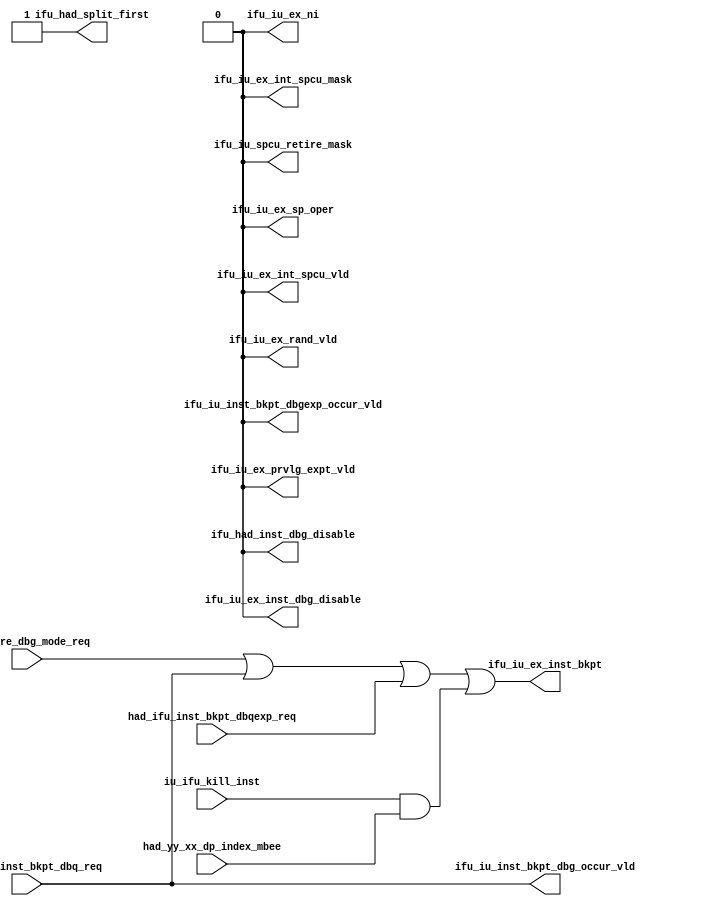
/*Copyright 2018-2021 T-Head Semiconductor Co., Ltd.

Licensed under the Apache License, Version 2.0 (the "License");
you may not use this file except in compliance with the License.
You may obtain a copy of the License at

    http://www.apache.org/licenses/LICENSE-2.0

Unless required by applicable law or agreed to in writing, software
distributed under the License is distributed on an "AS IS" BASIS,
WITHOUT WARRANTIES OR CONDITIONS OF ANY KIND, either express or implied.
See the License for the specific language governing permissions and
limitations under the License.
*/
module cr_ifu_ifdp(
  had_core_dbg_mode_req,
  had_ifu_inst_bkpt_dbq_req,
  had_ifu_inst_bkpt_dbqexp_req,
  had_yy_xx_dp_index_mbee,
  ifu_had_inst_dbg_disable,
  ifu_had_split_first,
  ifu_iu_ex_inst_bkpt,
  ifu_iu_ex_inst_dbg_disable,
  ifu_iu_ex_int_spcu_mask,
  ifu_iu_ex_int_spcu_vld,
  ifu_iu_ex_ni,
  ifu_iu_ex_prvlg_expt_vld,
  ifu_iu_ex_rand_vld,
  ifu_iu_ex_sp_oper,
  ifu_iu_inst_bkpt_dbg_occur_vld,
  ifu_iu_inst_bkpt_dbgexp_occur_vld,
  ifu_iu_spcu_retire_mask,
  iu_ifu_kill_inst
);

// &Ports; @23
input        had_core_dbg_mode_req;            
input        had_ifu_inst_bkpt_dbq_req;        
input        had_ifu_inst_bkpt_dbqexp_req;     
input        had_yy_xx_dp_index_mbee;          
input        iu_ifu_kill_inst;                 
output       ifu_had_inst_dbg_disable;         
output       ifu_had_split_first;              
output       ifu_iu_ex_inst_bkpt;              
output       ifu_iu_ex_inst_dbg_disable;       
output       ifu_iu_ex_int_spcu_mask;          
output       ifu_iu_ex_int_spcu_vld;           
output       ifu_iu_ex_ni;                     
output       ifu_iu_ex_prvlg_expt_vld;         
output       ifu_iu_ex_rand_vld;               
output       ifu_iu_ex_sp_oper;                
output       ifu_iu_inst_bkpt_dbg_occur_vld;   
output       ifu_iu_inst_bkpt_dbgexp_occur_vld; 
output       ifu_iu_spcu_retire_mask;          

// &Regs; @24

// &Wires; @25
wire         had_core_dbg_mode_req;            
wire         had_ifu_inst_bkpt_dbq_req;        
wire         had_ifu_inst_bkpt_dbqexp_req;     
wire         had_yy_xx_dp_index_mbee;          
wire         if_bkpt_vld;                      
wire         ifu_had_inst_dbg_disable;         
wire         ifu_had_split_first;              
wire         ifu_iu_ex_inst_bkpt;              
wire         ifu_iu_ex_inst_dbg_disable;       
wire         ifu_iu_ex_int_spcu_mask;          
wire         ifu_iu_ex_int_spcu_vld;           
wire         ifu_iu_ex_ni;                     
wire         ifu_iu_ex_prvlg_expt_vld;         
wire         ifu_iu_ex_rand_vld;               
wire         ifu_iu_ex_sp_oper;                
wire         ifu_iu_inst_bkpt_dbg_occur_vld;   
wire         ifu_iu_inst_bkpt_dbgexp_occur_vld; 
wire         ifu_iu_spcu_retire_mask;          
wire         inst_bkpt;                        
wire         inst_bkpt_aft_hs;                 
wire         iu_ifu_kill_inst;                 


parameter EBREAK = 32'h00100073;

// &CombBeg; @30
// &CombEnd; @37

//when HAD assert the had_core_dbg_mode_req or had_ifu_inst_bkpt_dbq_req, 
//the inst in IF stage will be replaced as ebreak, then when this
//inst get to EX stage, cpu will enter into dbg mode
assign if_bkpt_vld = had_core_dbg_mode_req || had_ifu_inst_bkpt_dbq_req
                  || had_ifu_inst_bkpt_dbqexp_req
                  || iu_ifu_kill_inst && had_yy_xx_dp_index_mbee;

assign inst_bkpt = if_bkpt_vld;

//==========================================================
//               Other Signal
//==========================================================
//The singal below seldom vary ,they should be clock gated

// &Force("output","ifu_iu_ex_inst_dbg_disable"); @63
// &Instance("gated_clk_cell", "x_ifdp_other_info_upd_clkhdr"); @65
// &Connect(.clk_in(forever_cpuclk), @66
//          .external_en(1'b0), @67
//          .global_en(cp0_yy_clk_en), @68
//          .module_en(randclk_ifdp_other_info_mod_en_w8), @69
//          .local_en(ifdp_other_info_upd_en), @70
//          .clk_out(ifdp_other_info_upd_clk) @71
//         ); @72
assign ifu_iu_ex_inst_dbg_disable  = 1'b0;
//assign inst_dbg_disable = 1'b0;

// &Force("output","ifu_iu_ex_inst_bkpt"); @89
assign inst_bkpt_aft_hs = inst_bkpt;
assign ifu_iu_ex_inst_bkpt = inst_bkpt_aft_hs;

assign ifu_iu_ex_int_spcu_mask = 1'b0;
assign ifu_iu_ex_int_spcu_vld = 1'b0;
assign ifu_iu_ex_ni = 1'b0;
assign ifu_iu_ex_prvlg_expt_vld = 1'b0;
assign ifu_iu_ex_rand_vld = 1'b0;
assign ifu_iu_ex_sp_oper = 1'b0;
assign ifu_iu_spcu_retire_mask = 1'b0;

//==============================================================================
//               Interface to other Module
//==============================================================================
//for HAD inst bkpt
assign ifu_had_split_first    = 1'b1;
assign ifu_had_inst_dbg_disable = 1'b0;
assign ifu_iu_inst_bkpt_dbg_occur_vld = had_ifu_inst_bkpt_dbq_req;

assign ifu_iu_inst_bkpt_dbgexp_occur_vld = 1'b0;


// &ModuleEnd; @135
endmodule